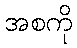
အစကို